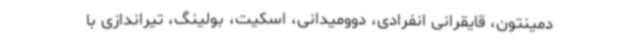
دمینتون، قایقرانی انفرادی، دوومیدانی، اسکیت، بولینگ، تیراندازی با